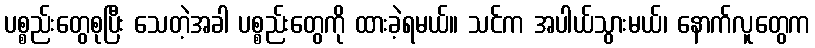
ပစ္စည်းတွေစုပြီး သေတဲ့အခါ ပစ္စည်းတွေကို ထားခဲ့ရမယ်။ သင်က အပါယ်သွားမယ်၊ နောက်လူတွေက